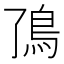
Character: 𬶼